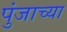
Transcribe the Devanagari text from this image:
पुंजाच्या